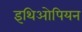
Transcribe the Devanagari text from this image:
इथिओपियन